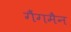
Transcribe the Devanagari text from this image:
गैंगमैन